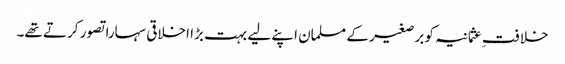
خلافتِ عثمانیہ کو برصغیر کے مسلمان اپنے لیے بہت بڑا اخلاقی سہارا تصور کرتے تھے۔